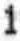
1